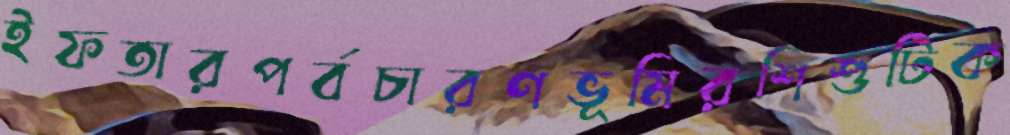
ইফতারপর্বচারণভূমিরশিশুটিক